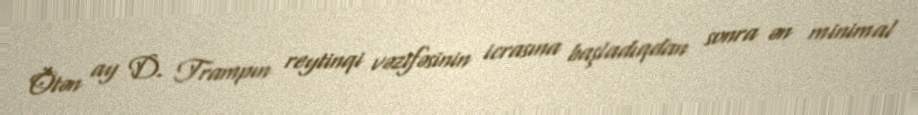
Ötən ay D. Trampın reytinqi vəzifəsinin icrasına başladıqdan sonra ən minimal